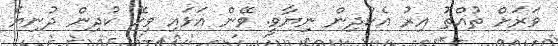
ވަރަށް ތުއްތު އިރު އެކުދިން ނިޔާވީ. ވޭން އަޅައި ވިހޭ ކުދިން ދުނިޔެ